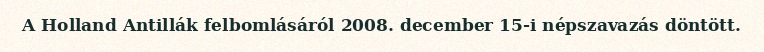
A Holland Antillák felbomlásáról 2008. december 15-i népszavazás döntött.